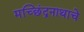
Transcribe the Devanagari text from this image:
मच्छिंद्रनाथाचे